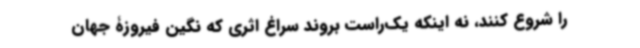
را شروع کنند، نه اینکه یک‌راست بروند سراغ اثری که نگین فیروزۀ جهان